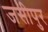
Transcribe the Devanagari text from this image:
जसीपुर